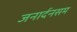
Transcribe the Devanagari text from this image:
जनार्दनसम